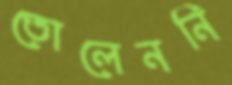
তোলেননি